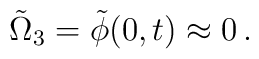
\tilde\Omega_3=\tilde\phi(0,t)\approx0\,.